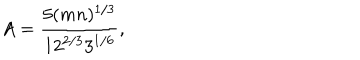
A = { \frac { 5 ( m n ) ^ { 1 / 3 } } { 1 2 ^ { 2 / 3 } 3 ^ { 1 / 6 } } } , \quad